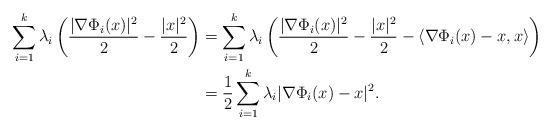
LaTeX: \begin{align*}\sum_{i=1}^k \lambda_i \left( \frac{|\nabla \Phi_i(x)|^2}{2} - \frac{|x|^2}{2}\right)& = \sum_{i=1}^k \lambda_i \left( \frac{|\nabla \Phi_i(x)|^2}{2} - \frac{|x|^2}{2} - \langle \nabla \Phi_i(x) - x, x \rangle \right) \\& = \frac{1}{2} \sum_{i=1}^k \lambda_i |\nabla \Phi_i(x) -x|^2.\end{align*}